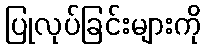
ပြုလုပ်ခြင်းများကို